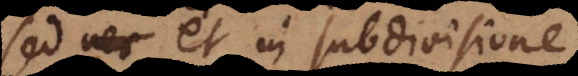
sed nec et in subdivisione